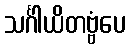
သင်္ဂါယိတဗ္ဗံပေ